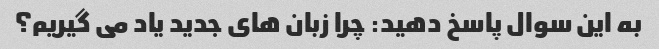
به این سوال پاسخ دهید: چرا زبان های جدید یاد می گیریم؟